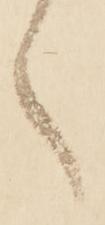
ゝ